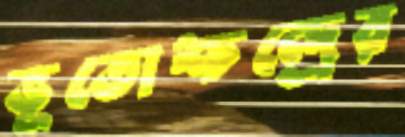
ভূতোশ্চন্দ্রের